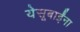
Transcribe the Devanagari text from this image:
येसूबाईंना